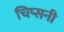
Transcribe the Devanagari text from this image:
चिप्सनी